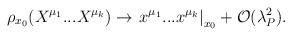
LaTeX: \begin{align*}\rho_{x_0}(X^{\mu_1}...X^{\mu_k})\rightarrow \left.x^{\mu_1} ...x^{\mu_k} \right|_{x_0} + {\cal O}(\lambda_P^2).\end{align*}